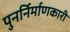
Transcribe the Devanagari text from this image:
पुनर्निर्माणकारी